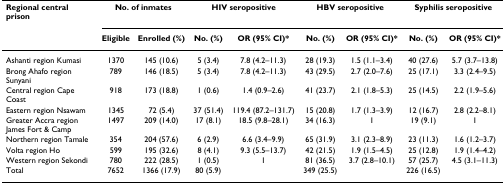
<table><thead><tr><td><b>Regional central prison</b></td><td colspan="2"><b>No. of inmates</b></td><td colspan="2"><b>HIV seropositive</b></td><td colspan="2"><b>HBV seropositive</b></td><td colspan="2"><b>Syphilis seropositive</b></td></tr><tr><td></td><td><b>Eligible</b></td><td><b>Enrolled (%)</b></td><td><b>No. (%)</b></td><td><b>OR (95% CI)*</b></td><td><b>No. (%)</b></td><td><b>OR (95% CI)*</b></td><td><b>No. (%)</b></td><td><b>OR (95% CI)*</b></td></tr></thead><tbody><tr><td>Ashanti region Kumasi</td><td>1370</td><td>145 (10.6)</td><td>5 (3.4)</td><td>7.8 (4.2–11.3)</td><td>28 (19.3)</td><td>1.5 (1.1–3.4)</td><td>40 (27.6)</td><td>5.7 (3.7–13.8)</td></tr><tr><td>Brong Ahafo region Sunyani</td><td>789</td><td>146 (18.5)</td><td>5 (3.4)</td><td>7.8 (4.2–11.3)</td><td>43 (29.5)</td><td>2.7 (2.0–7.6)</td><td>25 (17.1)</td><td>3.3 (2.4–9.5)</td></tr><tr><td>Central region Cape Coast</td><td>918</td><td>173 (18.8)</td><td>1 (0.6)</td><td>1.4 (0.9–2.6)</td><td>41 (23.7)</td><td>2.1 (1.8–5.3)</td><td>25 (14.5)</td><td>2.2 (1.9–5.6)</td></tr><tr><td>Eastern region Nsawam</td><td>1345</td><td>72 (5.4)</td><td>37 (51.4)</td><td>119.4 (87.2–131.7)</td><td>15 (20.8)</td><td>1.7 (1.3–3.9)</td><td>12 (16.7)</td><td>2.8 (2.2–8.1)</td></tr><tr><td>Greater Accra region James Fort &amp; Camp</td><td>1497</td><td>209 (14.0)</td><td>17 (8.1)</td><td>18.5 (9.8–28.1)</td><td>34 (16.3)</td><td>1</td><td>19 (9.1)</td><td>1</td></tr><tr><td>Northern region Tamale</td><td>354</td><td>204 (57.6)</td><td>6 (2.9)</td><td>6.6 (3.4–9.9)</td><td>65 (31.9)</td><td>3.1 (2.3–8.9)</td><td>23 (11.3)</td><td>1.6 (1.2–3.7)</td></tr><tr><td>Volta region Ho</td><td>599</td><td>195 (32.6)</td><td>8 (4.1)</td><td>9.3 (5.5–13.7)</td><td>42 (21.5)</td><td>1.9 (1.5–4.5)</td><td>25 (12.8)</td><td>1.9 (1.4–4.2)</td></tr><tr><td>Western region Sekondi</td><td>780</td><td>222 (28.5)</td><td>1 (0.5)</td><td>1</td><td>81 (36.5)</td><td>3.7 (2.8–10.1)</td><td>57 (25.7)</td><td>4.5 (3.1–11.3)</td></tr><tr><td>Total</td><td>7652</td><td>1366 (17.9)</td><td>80 (5.9)</td><td></td><td>349 (25.5)</td><td></td><td>226 (16.5)</td><td></td></tr></tbody></table>